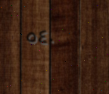
٥٤٠